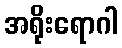
အရိုးရောဂါ